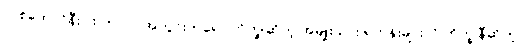
တစ်ထောင်နီးပါး ကာလ အတွင်းကရော ဘိက္ခုဆိုတဲ့ အမျိုးသား ရဟန်းများလို ဘိက္ခုနီဆိုတဲ့